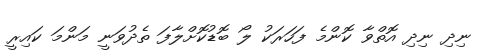
ނިދި ނިދި އޮތްވާ ކޮންމެ ފަހަރަކު ލޯ ބޮޑުކޮށްލާފަ ތެދުވަނީ މަންމަ ކައިރީ